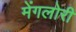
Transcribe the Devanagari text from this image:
मेंगलोरी